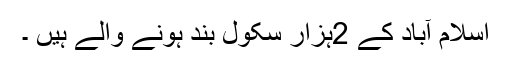
اسلام آباد کے 2ہزار سکول بند ہونے والے ہیں ۔